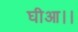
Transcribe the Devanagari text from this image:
घीआ।।